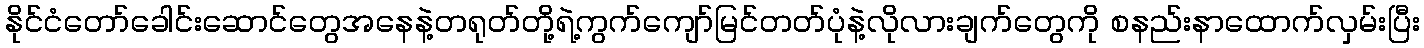
နိုင်ငံတော်ခေါင်းဆောင်တွေအနေနဲ့တရုတ်တို့ရဲ့ကွက်ကျော်မြင်တတ်ပုံနဲ့လိုလားချက်တွေကို စနည်းနာထောက်လှမ်းပြီး